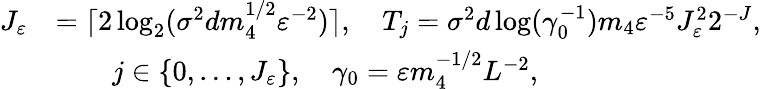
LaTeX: \begin{array}{rl}{J_{\varepsilon}}&{=\lceil 2\log_{2}(\sigma^{2}dm_{4}^{1/2}\varepsilon^{-2})\rceil,\quad T_{j}=\sigma^{2}d\log(\gamma_{0}^{-1})m_{4}\varepsilon^{-5}J_{\varepsilon}^{2}2^{-J},}\\ &{\qquad j\in\{ 0,\ldots,J_{\varepsilon}\} ,\quad\gamma_{0}=\varepsilon m_{4}^{-1/2}L^{-2},}\end{array}